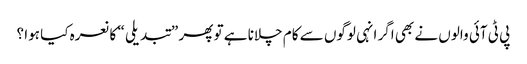
پی ٹی آئی والوں نے بھی اگر انہی لوگوں سے کام چلانا ہے تو پھر ”تبدیلی “ کا نعرہ کیا ہوا ؟